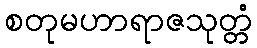
စတုမဟာရာဇသုတ္တံ